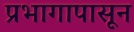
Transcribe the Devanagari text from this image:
प्रभागापासून